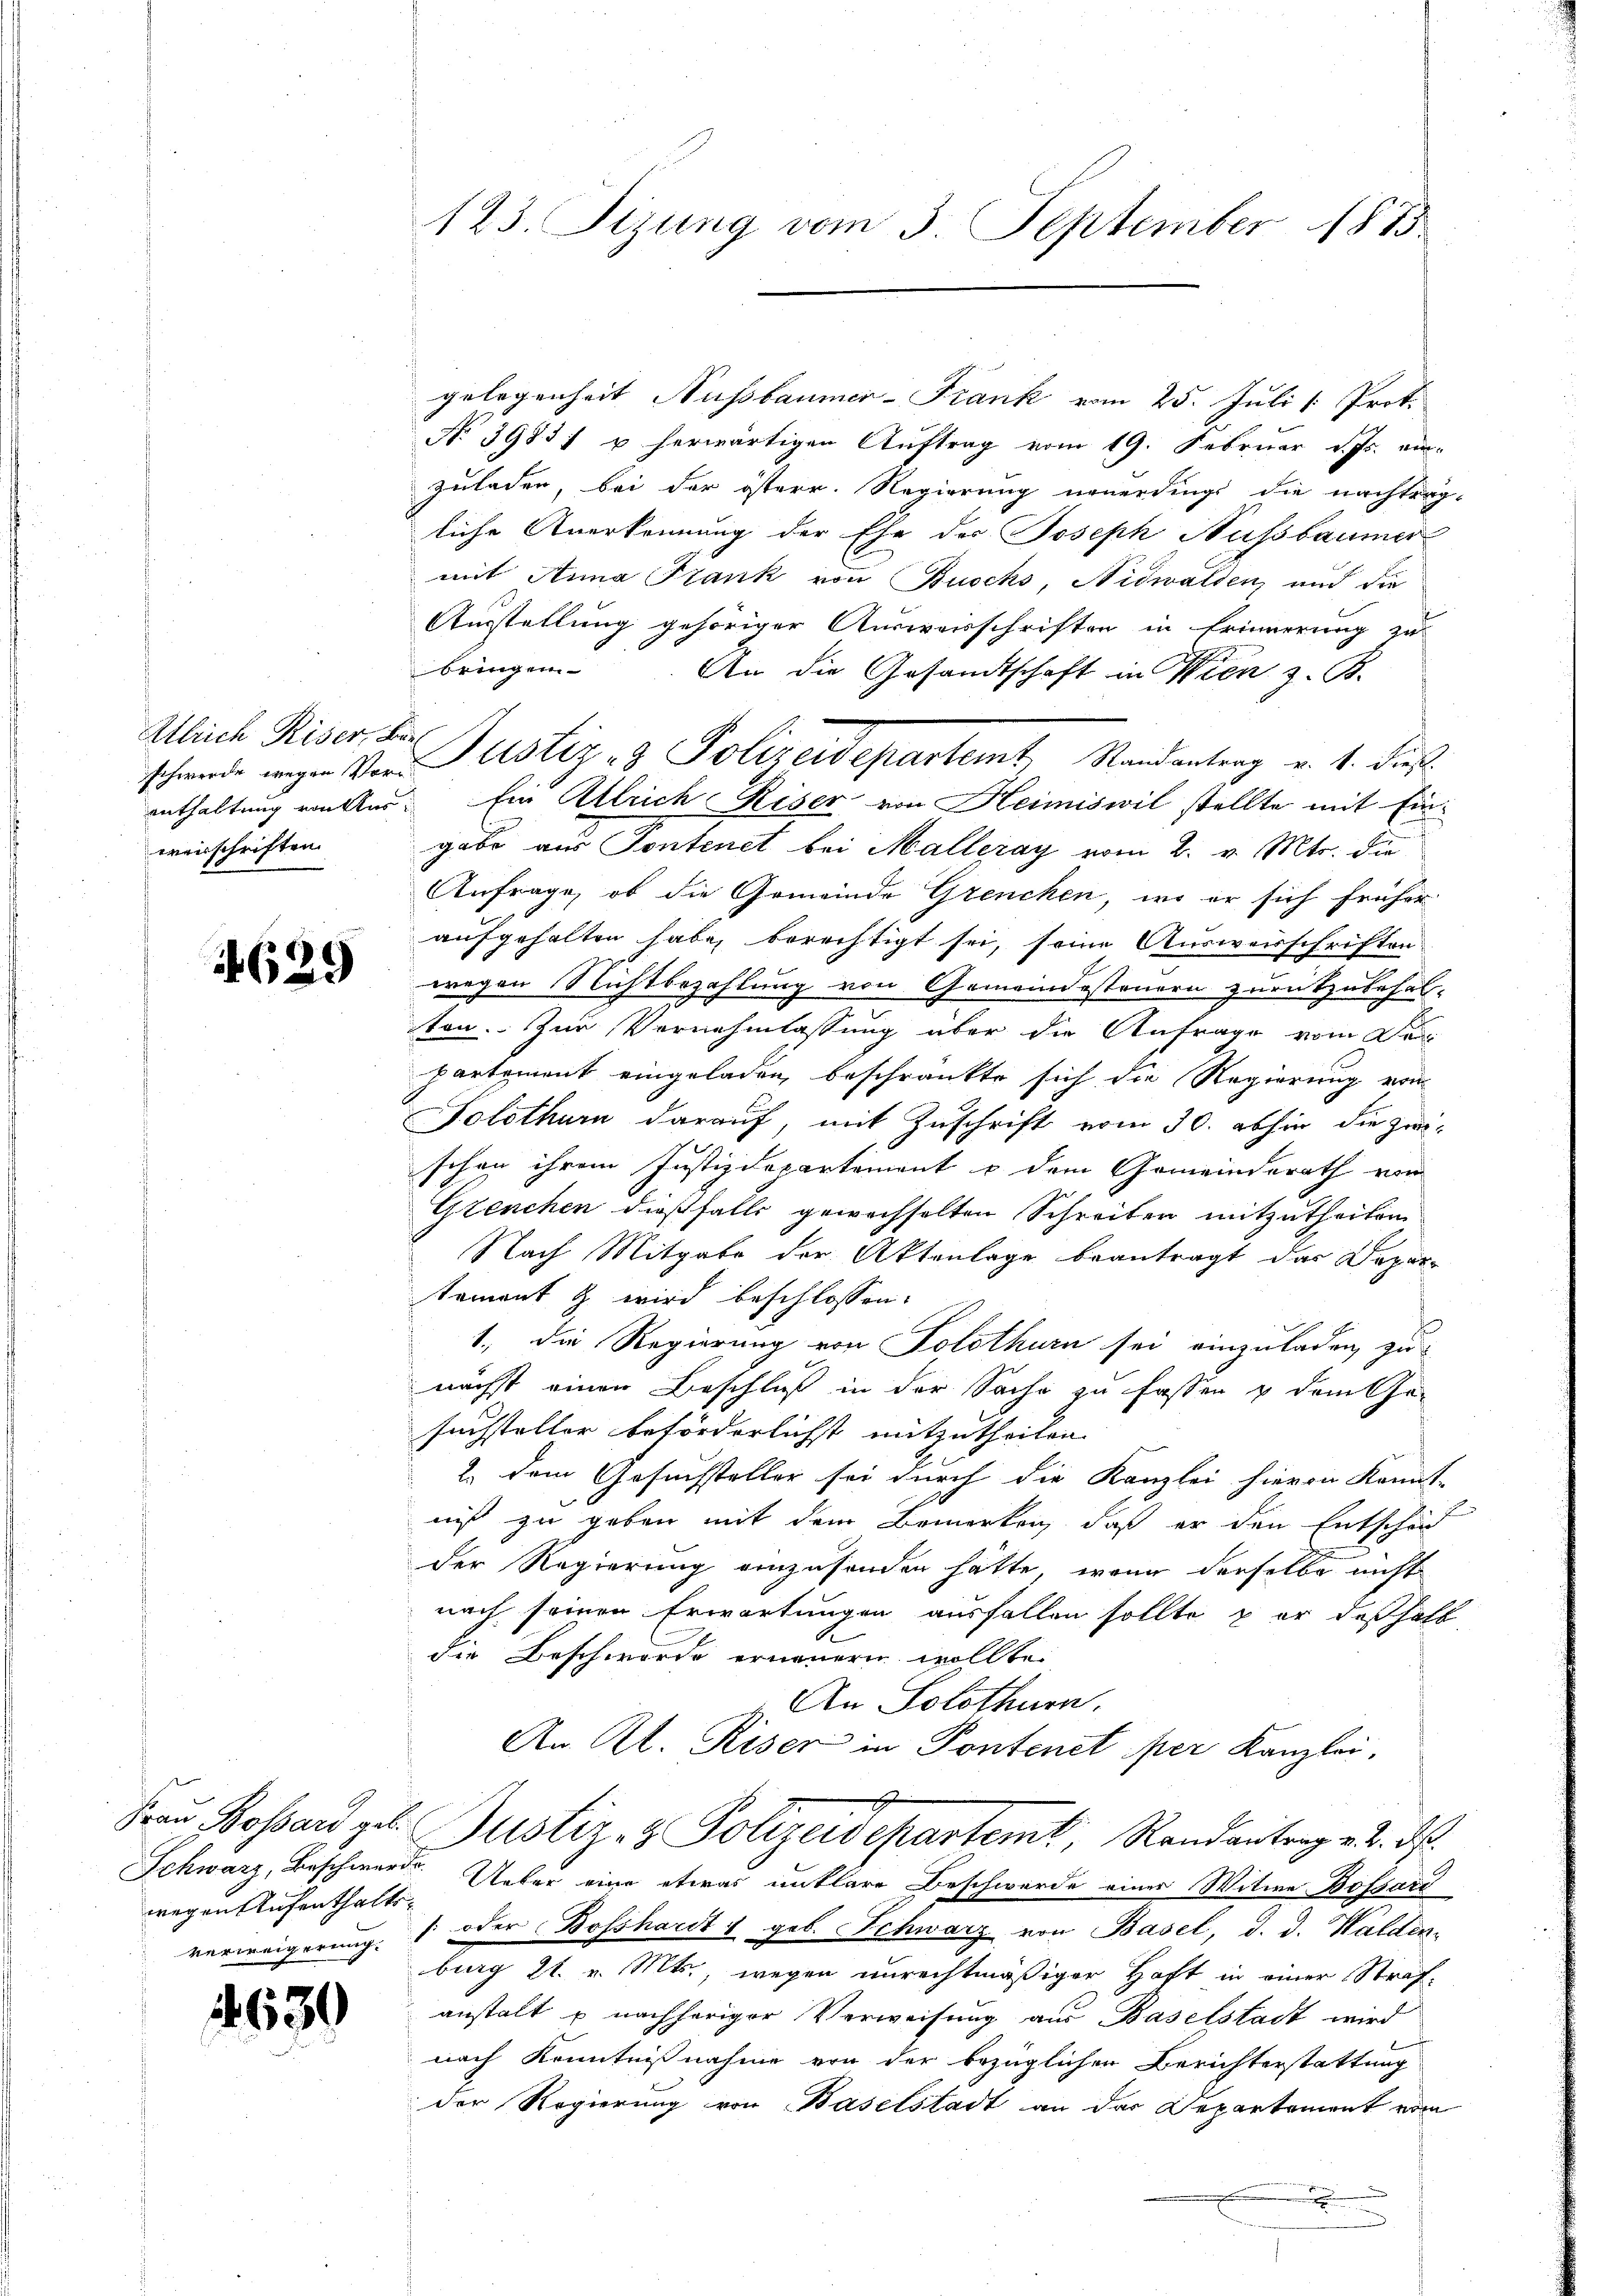
schwerde wegen Vorweisschriften

4629

wegen Aufenthalts¬

630

123. Sizung vom 3. September 1875

gelegenheit Nußbaumer-Frank vom 25. Juli [: Prot.
No 39851 u. herwärtigen Auftrag vom 19. Februar d. Js. ein-
zuladen, bei der österr. Regierung neuerdings die nachtrag-
liche Anerkennung der Ehe des Joseph Nussbaumer
mit Anna Frank von Buchs, Nidwalden, und die
Ausstellung gehöriger Ausweisschriften in Erinnerung zu
bringen
An die Gesandtschaft in Wien z. B.
enthaltung woller. Ein Alleich Riser von Heimiswil stellte mit Eingabe aus Sontenet bei Malleray vom 2. v. Mts. die
Anfrage, ob die Gemeinde Grencken, wo er sich früher
aufgehalten habe, berechtigt sei, seine Ausweisschriften
wegen Nichtbezahlung von Gemeindesteuern zurückzubehal-
ston. Zur Vernehmlassung über die Anfrage vom Druc
partement eingeladen, beschränkte sich die Regierung von
Solothurn darauf, mit Zuschrift vom 30. abhin die zwi-
schon ihrem Justizdepartement u dem Gemeinderath vom
Glenchen dießfalls gewechselten Schreiben mitzutheilen
Nach Mitgabe der Aktenlage beantragt das Depar-
sement & wird beschlossen:
1., die Regierung von Solothurn sei einzuladen, zu
nächst einen Beschluß in der Sache zu fassen & dem Ge-
suchsteller beförderlichst mitzutheilen.
2. dem Gesuchsteller sei durch die Kanzlei hievon kannt-
nis zu geben mit dem Bemerken, daß er den Entschäf
der Regierung einzusenden hätte, wenn derselbe nicht
nach seinen Erwartungen ausfallen sollte, & er deßhalb
die Beschwörde erneuern wollte.
An Solothurn.
An Kt. Riser in Pontenet per Kanzlei,
7
Frau Bossard geb. Justiz- & Polizeidepartemt, Randantrag v. 2. d.
Schwarz, Beschwerde. Ueber eine etwas unklare Beschwerde einer Witwe Bossard
verweigerung " oder Bosshardt u geb. Schwarz von Basel, d. d. Walden-
burg 21. v. Mts., wegen unrechtmäßiger Haft in einer Strafanstalt u nachheriger Verweisung aus Baselstadt wird
nach Kenntnißnahme von der bezüglichen Berichterstattung
der Regierung von Baselstadt an der Departement vom
.

Alich Riser der Justiz- & Polizeidepartemt, Randantrag v. 1. dies